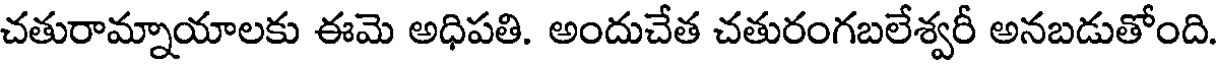
చతురామ్నాయాలకు ఈమె అధిపతి, అందుచేత చతురంగబలేశ్వరీ అనబడుతోంది.